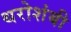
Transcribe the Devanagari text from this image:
थरोशंबी